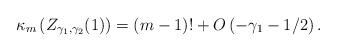
LaTeX: \begin{align*}\kappa_m\left(Z_{\gamma_1,\gamma_2}(1)\right)= (m-1)! + O\left(-\gamma_1-1/2\right).\end{align*}